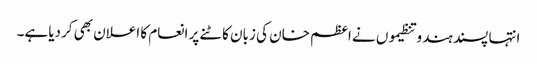
انتہا پسند ہندو تنظیموں نے اعظم خان کی زبان کاٹنے پر انعام کا اعلان بھی کردیا ہے۔